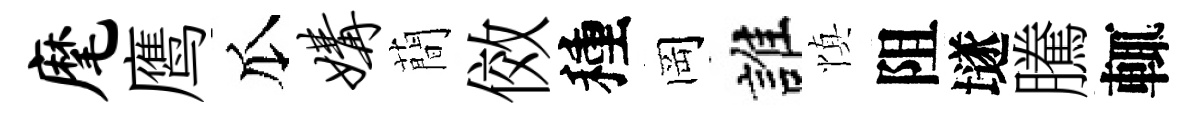
麾鹰瓜媾蕳傚種岡誰慎阻𡑞騰輒